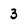
Character: 3